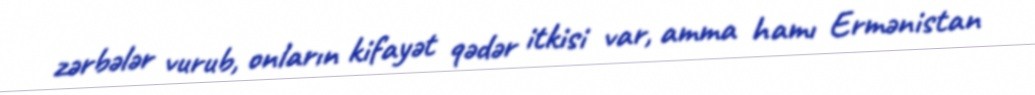
zərbələr vurub, onların kifayət qədər itkisi var, amma hamı Ermənistan